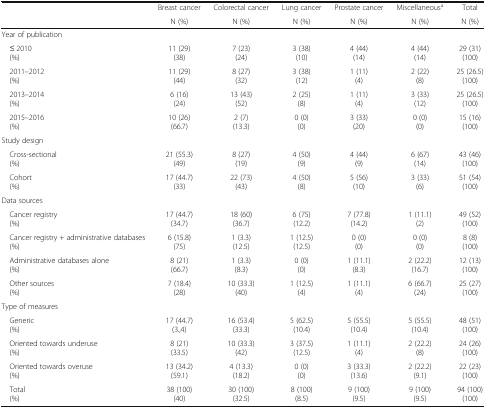
<table><thead><tr><td rowspan="2"></td><td><b>Breast cancer</b></td><td><b>Colorectal cancer</b></td><td><b>Lung cancer</b></td><td><b>Prostate cancer</b></td><td><b>Miscellaneous<sup>a</sup></b></td><td><b>Total</b></td></tr><tr><td><b>N (%)</b></td><td><b>N (%)</b></td><td><b>N (%)</b></td><td><b>N (%)</b></td><td><b>N (%)</b></td><td><b>N (%)</b></td></tr></thead><tbody><tr><td colspan="7">Year of publication</td></tr><tr><td> ≤ 2010 (%)</td><td>11 (29)(38)</td><td>7 (23)(24)</td><td>3 (38)(10)</td><td>4 (44)(14)</td><td>4 (44)(14)</td><td>29 (31)(100)</td></tr><tr><td> 2011–2012 (%)</td><td>11 (29)(44)</td><td>8 (27)(32)</td><td>3 (38)(12)</td><td>1 (11)(4)</td><td>2 (22)(8)</td><td>25 (26.5)(100)</td></tr><tr><td> 2013–2014 (%)</td><td>6 (16)(24)</td><td>13 (43)(52)</td><td>2 (25)(8)</td><td>1 (11)(4)</td><td>3 (33)(12)</td><td>25 (26.5)(100)</td></tr><tr><td> 2015–2016 (%)</td><td>10 (26)(66.7)</td><td>2 (7)(13.3)</td><td>0 (0)(0)</td><td>3 (33)(20)</td><td>0 (0)(0)</td><td>15 (16)(100)</td></tr><tr><td colspan="7">Study design</td></tr><tr><td> Cross-sectional (%)</td><td>21 (55.3)(49)</td><td>8 (27)(19)</td><td>4 (50)(9)</td><td>4 (44)(9)</td><td>6 (67)(14)</td><td>43 (46)(100)</td></tr><tr><td> Cohort (%)</td><td>17 (44.7)(33)</td><td>22 (73)(43)</td><td>4 (50)(8)</td><td>5 (56)(10)</td><td>3 (33)(6)</td><td>51 (54)(100)</td></tr><tr><td colspan="7">Data sources</td></tr><tr><td> Cancer registry (%)</td><td>17 (44.7)(34.7)</td><td>18 (60)(36.7)</td><td>6 (75)(12.2)</td><td>7 (77.8)(14.2)</td><td>1 (11.1)(2)</td><td>49 (52)(100)</td></tr><tr><td> Cancer registry + administrative databases (%)</td><td>6 (15.8)(75)</td><td>1 (3.3)(12.5)</td><td>1 (12.5)(12.5)</td><td>0 (0)(0)</td><td>0 (0)(0)</td><td>8 (8)(100)</td></tr><tr><td> Administrative databases alone (%)</td><td>8 (21)(66.7)</td><td>1 (3.3)(8.3)</td><td>0 (0)(0)</td><td>1 (11.1)(8.3)</td><td>2 (22.2)(16.7)</td><td>12 (13)(100)</td></tr><tr><td> Other sources (%)</td><td>7 (18.4)(28)</td><td>10 (33.3)(40)</td><td>1 (12.5)(4)</td><td>1 (11.1)(4)</td><td>6 (66.7)(24)</td><td>25 (27)(100)</td></tr><tr><td colspan="7">Type of measures</td></tr><tr><td> Generic (%)</td><td>17 (44.7)(3.,4)</td><td>16 (53.4)(33.3)</td><td>5 (62.5)(10.4)</td><td>5 (55.5)(10.4)</td><td>5 (55.5)(10.4)</td><td>48 (51)(100)</td></tr><tr><td> Oriented towards underuse (%)</td><td>8 (21)(33.5)</td><td>10 (33.3)(42)</td><td>3 (37.5)(12.5)</td><td>1 (11.1)(4)</td><td>2 (22.2)(8)</td><td>24 (26)(100)</td></tr><tr><td> Oriented towards overuse (%)</td><td>13 (34.2)(59.1)</td><td>4 (13.3)(18.2)</td><td>0 (0)(0)</td><td>3 (33.3)(13.6)</td><td>2 (22.2)(9.1)</td><td>22 (23)(100)</td></tr><tr><td> Total (%)</td><td>38 (100)(40)</td><td>30 (100)(32.5)</td><td>8 (100)(8.5)</td><td>9 (100)(9.5)</td><td>9 (100)(9.5)</td><td>94 (100)(100)</td></tr></tbody></table>